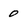
Character: 0